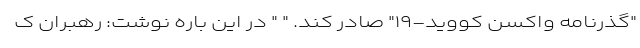
"گذرنامه واکسن کووید-۱۹" صادر کند. " " در این باره نوشت: رهبران ک